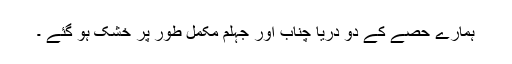
ہمارے حصے کے دو دریا چناب اور جہلم مکمل طور پر خشک ہو گئے ۔